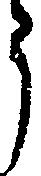
う